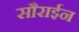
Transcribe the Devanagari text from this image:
सौराईन